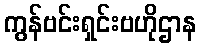
ကွန်ဗင်းရှင်းဗဟိုဌာန